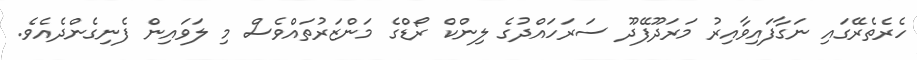
ހެރެތެރޭގައި ނަގާފައިވާއިރު މަރަދޫފޭދޫ ސަރަހައްދުގެ ލިންކް ރޯޑްގެ މަންޒަރުތައްވެސް މި ލަވައިން ފެނިގެންދެއެވެ.